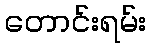
တောင်းရမ်း